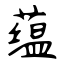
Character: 蕴